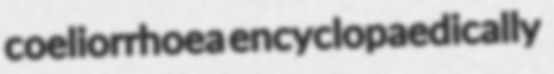
coeliorrhoea encyclopaedically